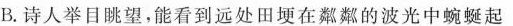
B.诗人举目眺望，能看到远处田埂在粼粼的波光中蜿蜒起